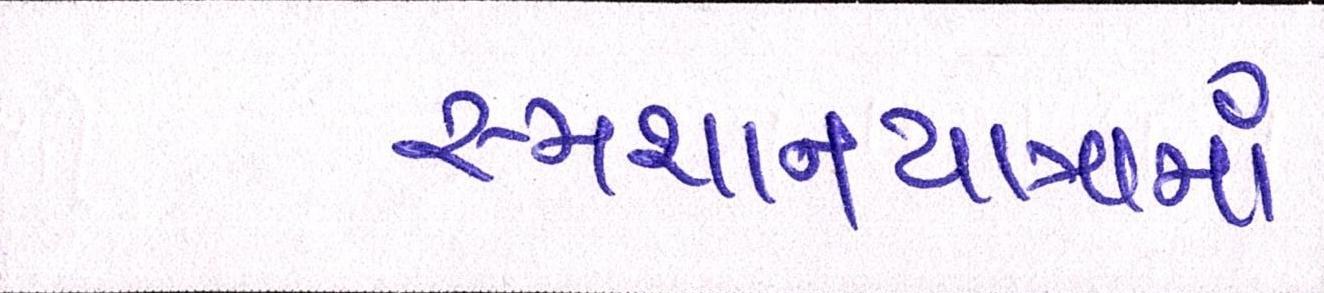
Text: સ્મશાનયાત્રામાં